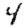
Digit: 4